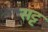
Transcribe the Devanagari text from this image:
सट्ट